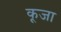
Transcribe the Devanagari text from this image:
कूजा